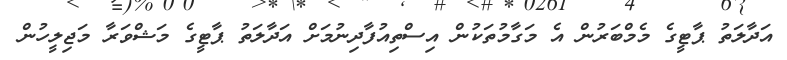
އަދާލަތު ޕާޓީގެ މެމްބަރުން އެ މަގާމުތަކުން އިސްތިއުފާދިނުމަށް އަދާލަތު ޕާޓީގެ މަޝްވަރާ މަޖިލީހުން